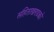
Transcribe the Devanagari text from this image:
संहिताखण्डको